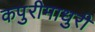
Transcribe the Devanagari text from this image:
कपुरीमाधुरी